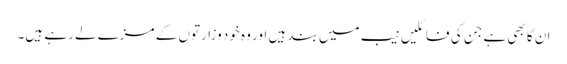
ان کا بھی ہے جن کی فائلیں نیب میں بند ہیں اور وہ خود وزارتوں کے مزے لے رہے ہیں۔